Indian journal of veterinary science and animal husbandry - Volumes 26-27, 1956-1957
Year: 1956
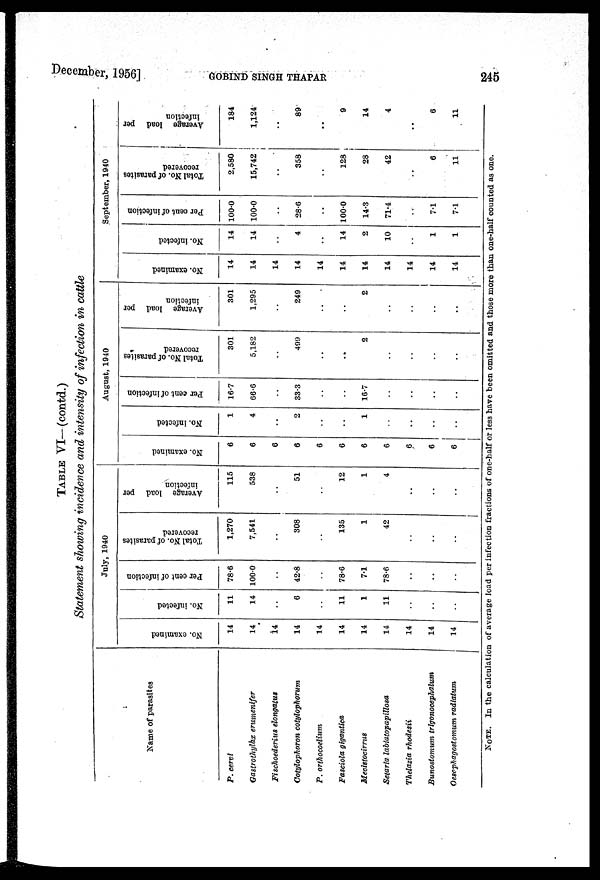
December, 1956]
GOBIND
SINGH
THAPAR
245
TABLE VI—(contd.)
Statement showing incidence and intensity of infection in cattle
Name of parasites
P. cervi
Gastrothylax erumenifer
Fischoederius elongatus
Cotylophoron cotylophorum
P. orthocoelium
Fasciola gigantica
Mecistocirrus
Setaria labiatopapillosa
Thelazia rhodesii
Bunostomum trigonocephalum
Oesephagostomum radiatum
July, 1940
No. examined
14
14
14
14
14
14
14
14
14
14
14
No. infected
11
14
. .
6
. .
11
1
11
. .
. .
. .
Per cent of infection
78.6
100.0
. .
42.8
. .
78.6
7.1
78.6
. .
. .
. .
Total No. of parasites
recovered
1,270
7,541
. .
308
. .
135
1
42
. .
. .
. .
Average load per
infection
115
538
. .
51
. .
12
1
4
. .
. .
. .
August, 1940
No. examined
6
6
6
6
6
6
6
6
6
6
6
No. infected
1
4
. .
2
. .
. .
1
. .
. .
. .
. .
Per cent of infection
16.7
66.6
. .
33.3
. .
. .
16.7
. .
. .
. .
. .
Total No. of parasites
recovered
301
5,182
. .
499
. .
. .
2
. .
. .
. .
. .
Average load per
infection
301
1,295
. .
249
. .
. .
2
. .
. .
. .
. .
September, 1940
No. examined
14
14
14
14
14
14
14
14
14
14
14
No. infected
14
14
. .
4
. .
14
2
10
. .
1
1
Per cent of infection
100.0
100.0
. .
28.6
. .
100.0
14.3
71.4
. .
7.1
7.1
Total No. of parasites
recovered
2,580
15,742
. .
358
. .
128
28
42
. .
6
11
Average load per
infection
184
1,124
. .
89
. .
9
14
4
. .
6
11
NOTE. In the calculation of average load per infection fractions of one-half or less have been omitted and those more than one-half counted as one.